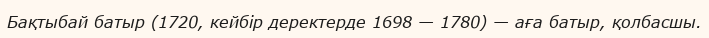
Бақтыбай батыр (1720, кейбір деректерде 1698 — 1780) — аға батыр, қолбасшы.